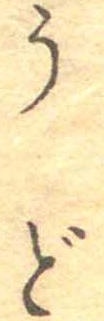
うど